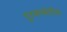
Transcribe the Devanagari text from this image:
दुरवस्थेतील